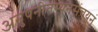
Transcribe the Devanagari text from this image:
अनुपनीतस्यनसंचयनं